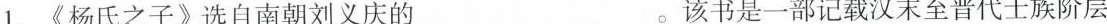
1.《杨氏之子》选自南朝刘义庆的___。该书是一部记载汉末至晋代士族阶层